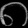
Digit: ၈